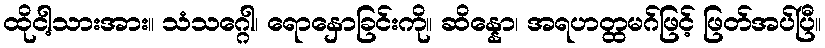
ထိုငါ့သားအား။ သံသဂ္ဂေါ၊ ရောနှောခြင်းကို။ ဆိန္နော၊ အရဟတ္ထမဂ်ဖြင့် ဖြတ်အပ်ပြီ။